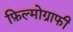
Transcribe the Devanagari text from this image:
फ़िल्मोग्राफी